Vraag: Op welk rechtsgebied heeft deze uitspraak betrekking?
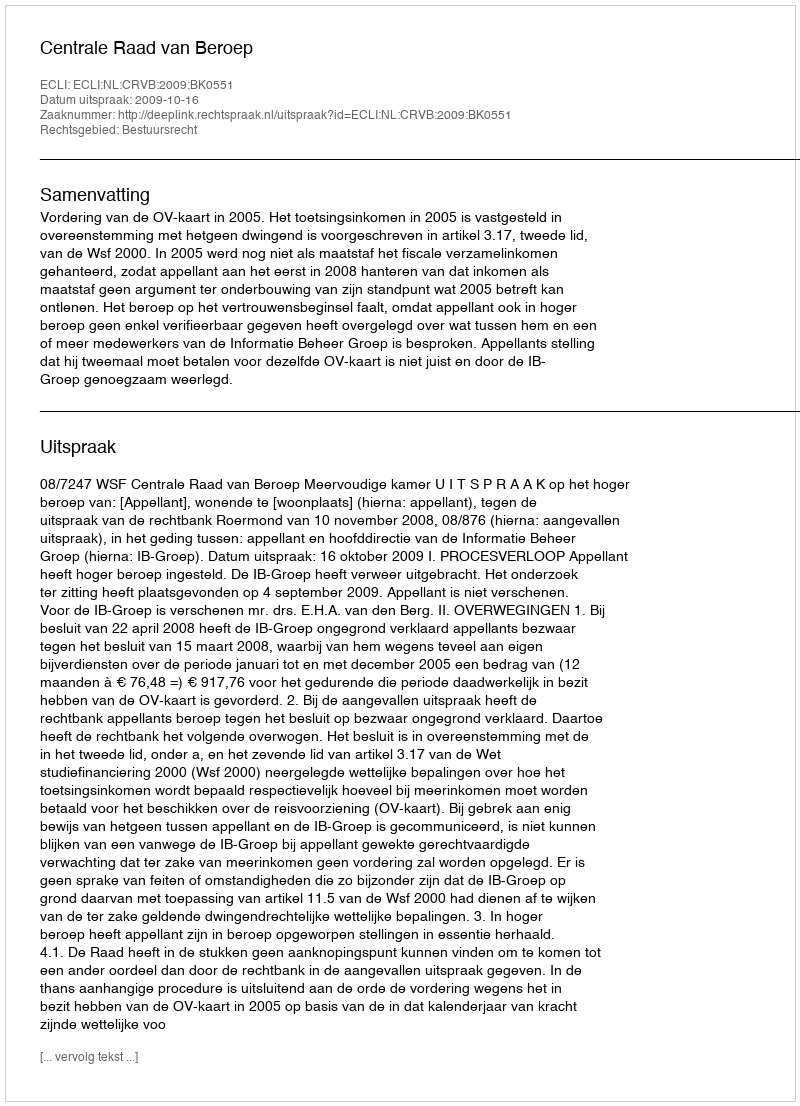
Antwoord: Bestuursrecht